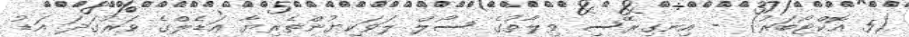
(5 އޮކްޓޯބަރު) - އިނގިރޭސި ވިލާތުގެ ސޯލް ލަވަކިޔުންތެރިޔާ އަޑެލްގެ ވަރުގަދަ އަޑު